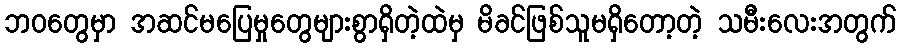
ဘဝတွေမှာ အဆင်မပြေမှုတွေများစွာရှိတဲ့ထဲမှ မိခင်ဖြစ်သူမရှိတော့တဲ့ သမီးလေးအတွက်